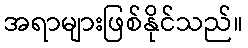
အရာများဖြစ်နိုင်သည်။